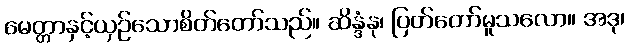
မေတ္တာနှင့်ယှဉ်သောစိတ်တော်သည်။ ဆိန္ဒံနု၊ ပြတ်တော်မူသလော။ အဒု၊